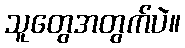
သူတွေအတွက်ပဲ။